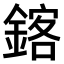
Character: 𫒴